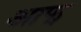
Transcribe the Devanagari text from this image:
आफ्